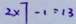
2 \times 7 - 1 = 1 3